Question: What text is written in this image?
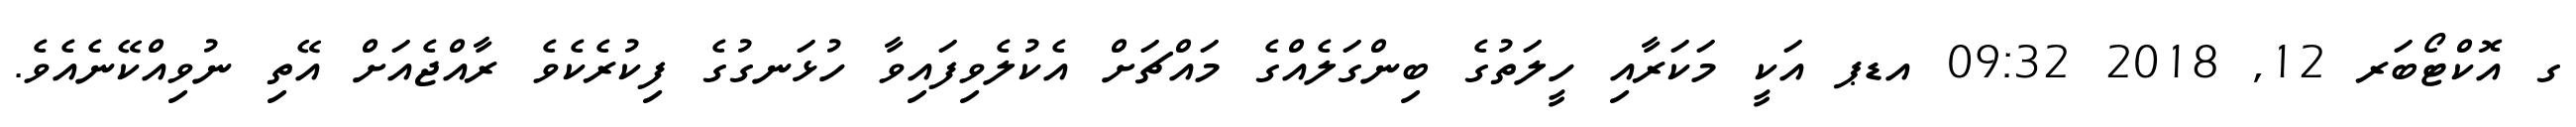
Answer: ގ އޮކްޓޯބަރ 12, 2018 09:32 އޑޕ އަކީ މަކަރާއި ހީލަތުގެ ބިންގަލެއްގެ މައްޗަށް އެކުލެވިފައިވާ ހުޅަނގުގެ ފިކުރެކެވެ ރާއްޖެއަށް އޭތި ނުވިއްކޭނެއެވެ.